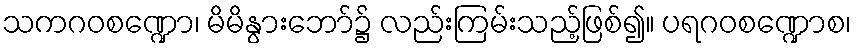
သကဂဝစဏ္ဍော၊ မိမိနွားဘော်၌ လည်းကြမ်းသည့်ဖြစ်၍။ ပရဂဝစဏ္ဍောစ၊